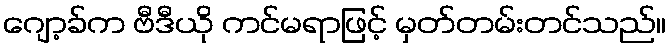
ဂျော့ခ်က ဗီဒီယို ကင်မရာဖြင့် မှတ်တမ်းတင်သည်။